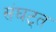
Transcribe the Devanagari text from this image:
संघट्त